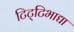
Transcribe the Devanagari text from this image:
टिट्‌टिभाद्या